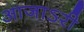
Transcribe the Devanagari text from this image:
आजाऽरी